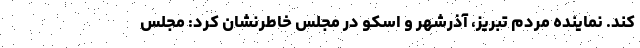
کند. نماینده مردم تبریز، آذرشهر و اسکو در مجلس خاطرنشان کرد: مجلس